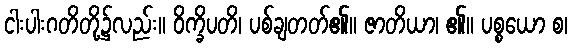
ငါးပါးဂတိတို့၌လည်း။ ဝိက္ခိပတိ၊ ပစ်ချတတ်၏။ ဇာတိယာ၊ ၏။ ပစ္စယော စ၊